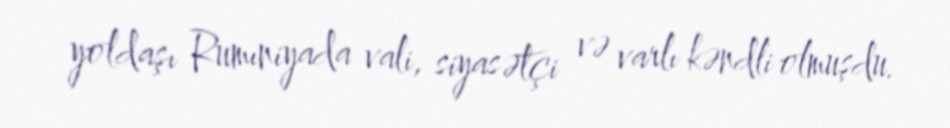
yoldaşı Rumıniyada vali, siyasətçi və varlı kəndli olmuşdu.